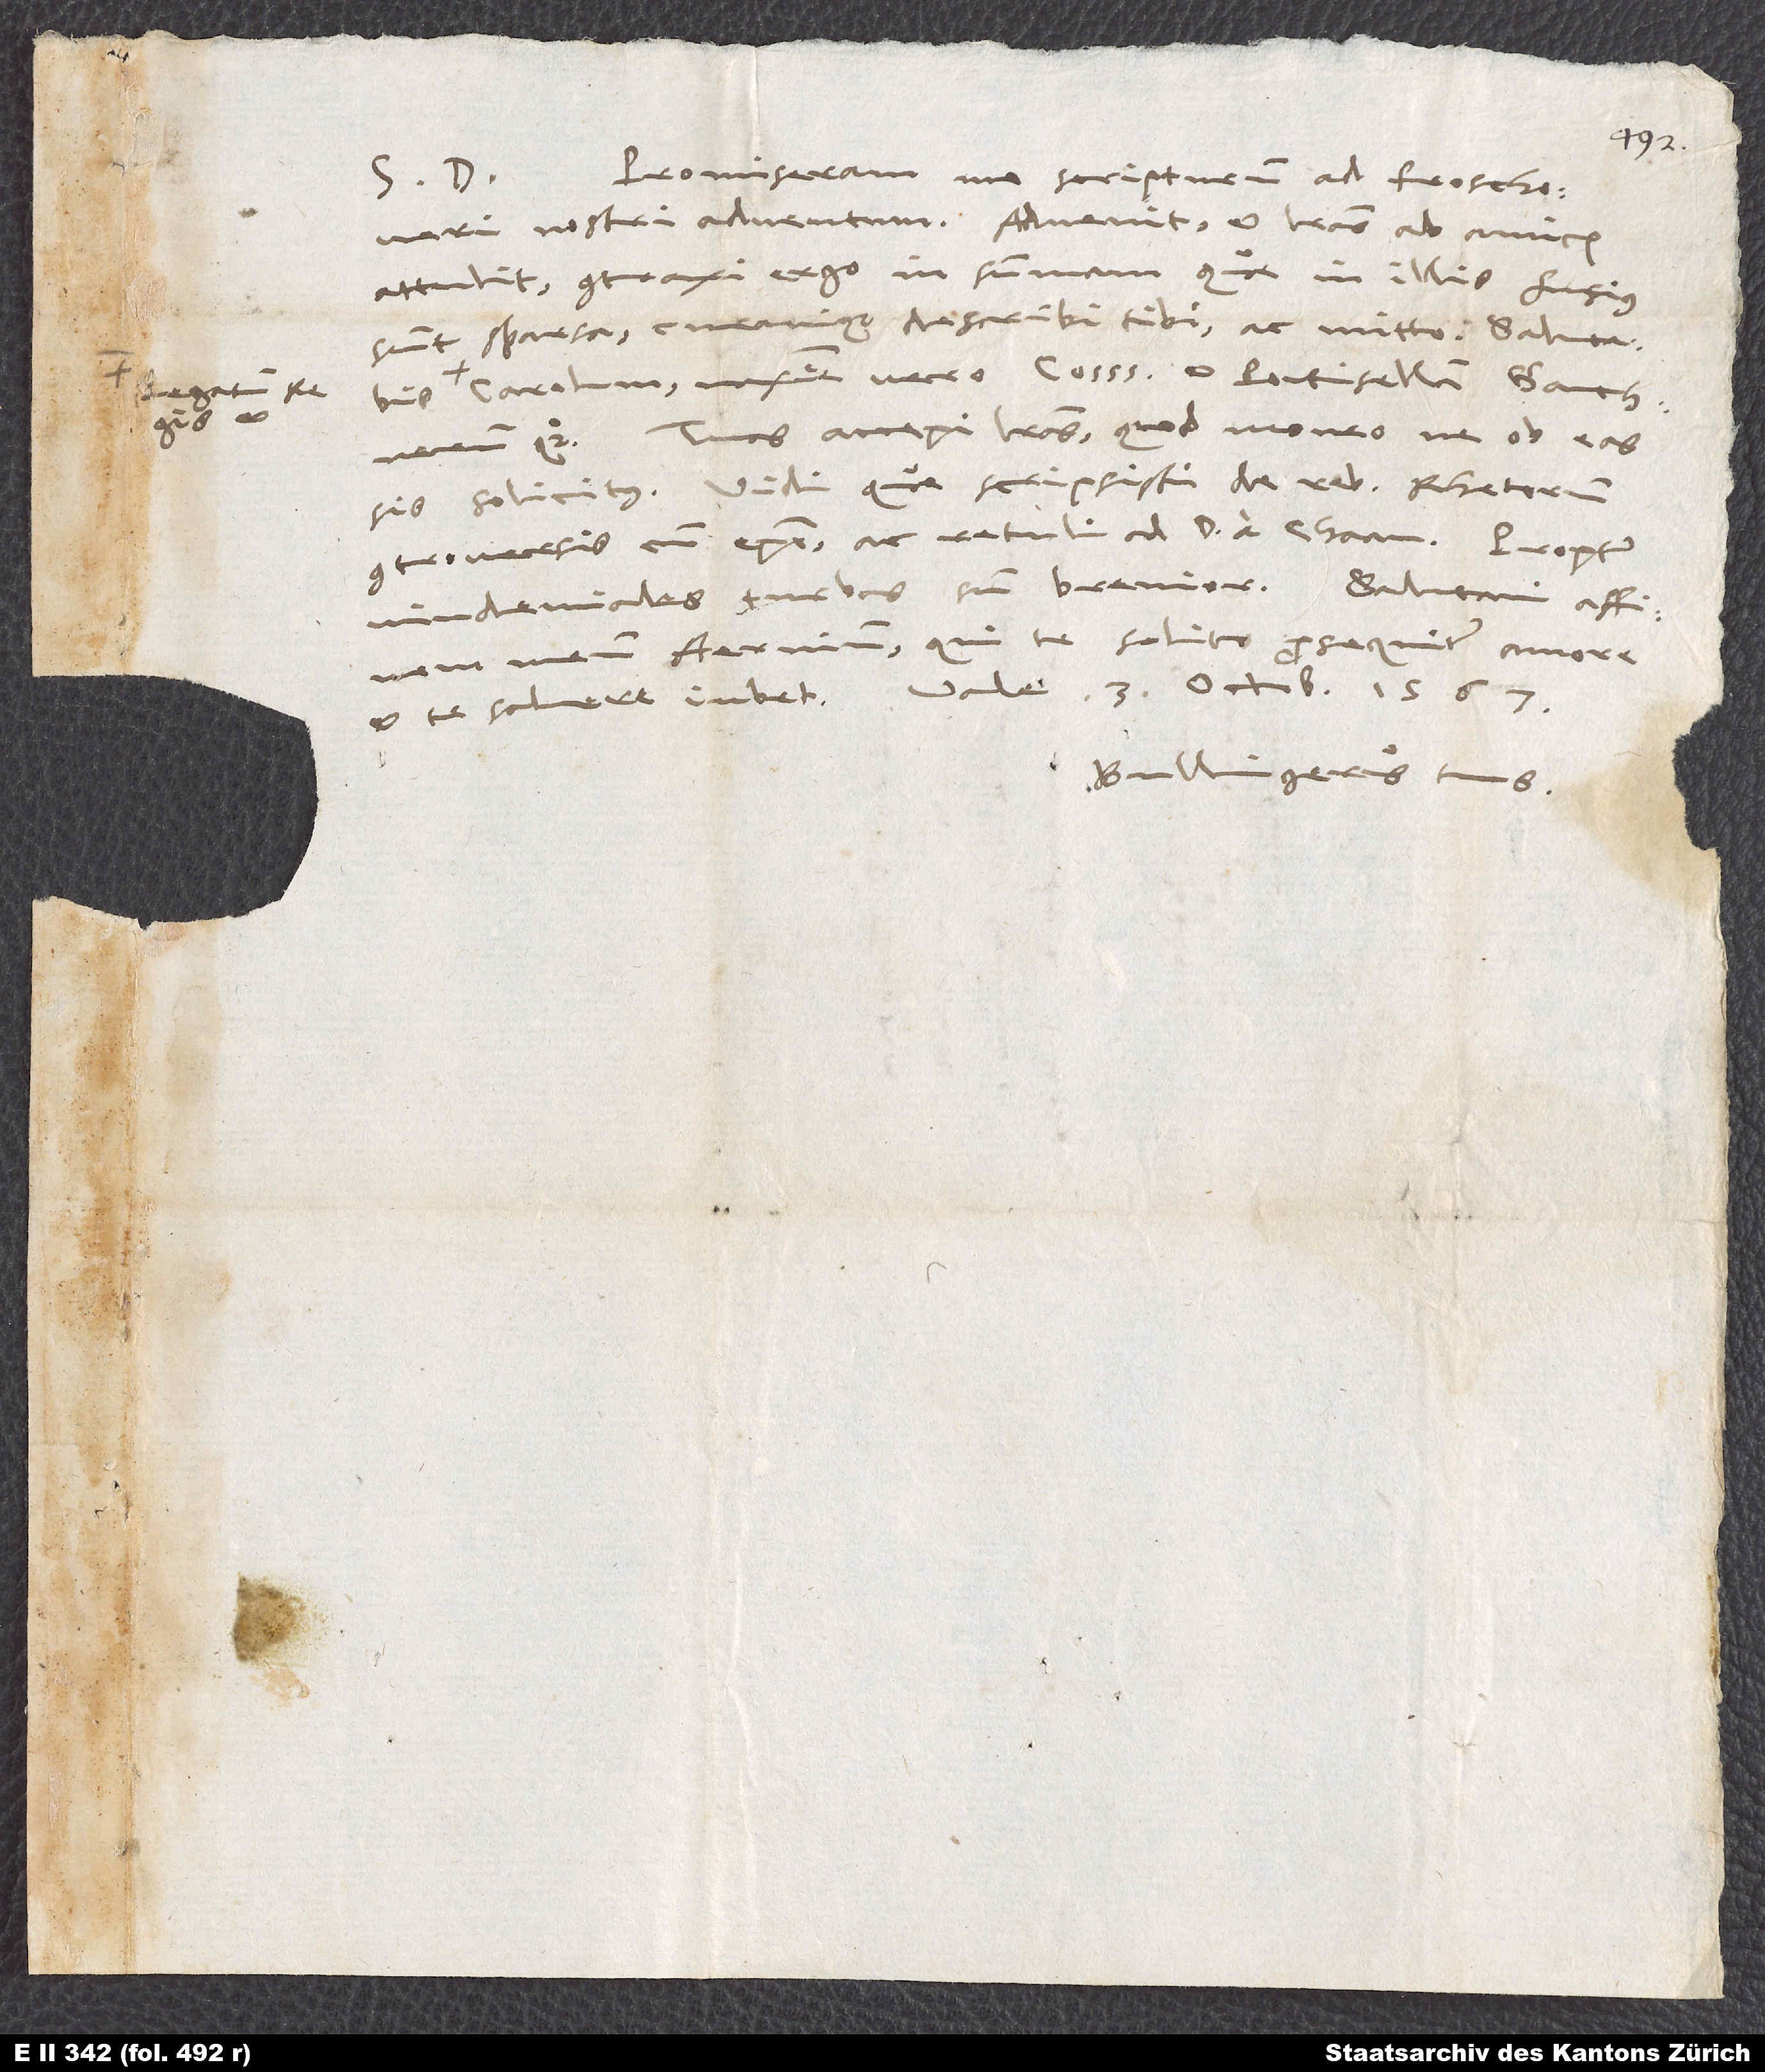
Promiseram me scripturum ad Froschoueri
S. D.
nostri adventum. Advenit et literas ab amicis
attulit; contraxi ergo in summam, quae in illis fusius
sunt sparsa, curavique describi tibi ac mitto. Salutabis
Carolum, maxime vero consules et Pontisellam, Ganthnerum
quoque. Tuas accepi literas, quod moneo, ne ob eas
controversis cum episcopo, ac retuli ad d. a Chaam. Propter
affinem meum Aernium qui te solito prosequitur amore
et te salvere iubet. Vale. 3. octobris 1567.
Bullingerus tuus.